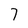
Character: 7